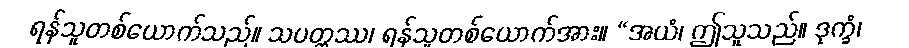
ရန်သူတစ်ယောက်သည်။ သပတ္တဿ၊ ရန်သူတစ်ယောက်အား။ “အယံ၊ ဤသူသည်။ ဒုက္ခံ၊